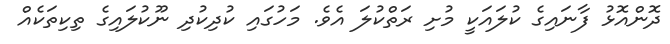
ދޮންއޮޅު ފާނައިގެ ކުލައަކީ މުށި ރަތްކުލަ އެވެ. މަހުގައި ކުދިކުދި ނޫކުލައިގެ ތިކިތަކެއް